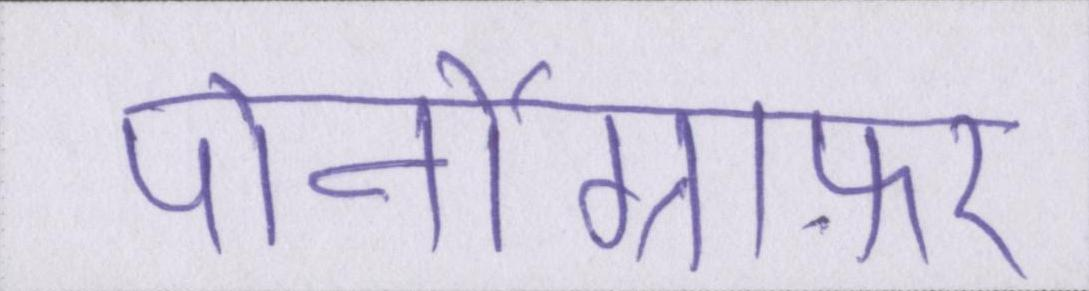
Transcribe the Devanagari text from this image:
पोर्नोग्राफ़र